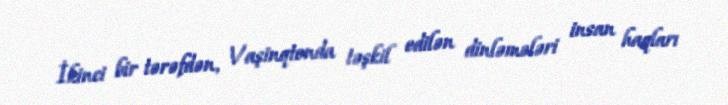
İkinci bir tərəfdən, Vaşinqtonda təşkil edilən dinləmələri insan haqları